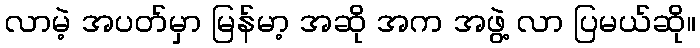
လာမဲ့ အပတ်မှာ မြန်မာ့ အဆို အက အဖွဲ့ လာ ပြမယ်ဆို။